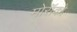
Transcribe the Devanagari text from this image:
मोरॉको